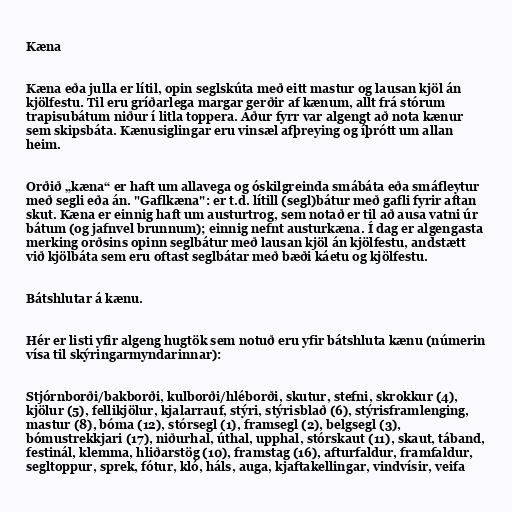
Kæna

Kæna eða julla er lítil, opin seglskúta með eitt mastur og lausan kjöl án
kjölfestu. Til eru gríðarlega margar gerðir af kænum, allt frá stórum
trapisubátum niður í litla toppera. Áður fyrr var algengt að nota kænur
sem skipsbáta. Kænusiglingar eru vinsæl afþreying og íþrótt um allan
heim.

Orðið „kæna“ er haft um allavega og óskilgreinda smábáta eða smáfleytur
með segli eða án. "Gaflkæna": er t.d. lítill (segl)bátur með gafli fyrir aftan
skut. Kæna er einnig haft um austurtrog, sem notað er til að ausa vatni úr
bátum (og jafnvel brunnum); einnig nefnt austurkæna. Í dag er algengasta
merking orðsins opinn seglbátur með lausan kjöl án kjölfestu, andstætt
við kjölbáta sem eru oftast seglbátar með bæði káetu og kjölfestu.

Bátshlutar á kænu.

Hér er listi yfir algeng hugtök sem notuð eru yfir bátshluta kænu (númerin
vísa til skýringarmyndarinnar):

Stjórnborði/bakborði, kulborði/hléborði, skutur, stefni, skrokkur (4),
kjölur (5), fellikjölur, kjalarrauf, stýri, stýrisblað (6), stýrisframlenging,
mastur (8), bóma (12), stórsegl (1), framsegl (2), belgsegl (3),
bómustrekkjari (17), niðurhal, úthal, upphal, stórskaut (11), skaut, táband,
festinál, klemma, hliðarstög (10), framstag (16), afturfaldur, framfaldur,
segltoppur, sprek, fótur, kló, háls, auga, kjaftakellingar, vindvísir, veifa